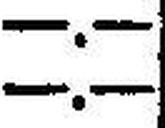
—.—